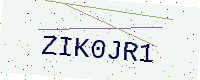
Text: ZIK0JR1